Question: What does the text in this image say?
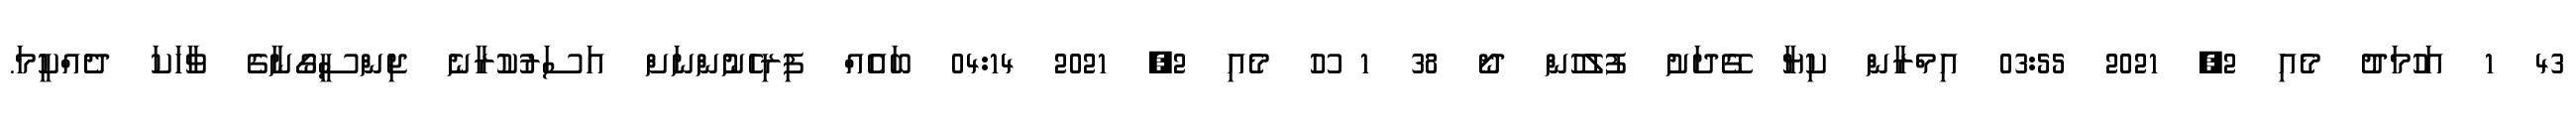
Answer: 43 1 އަހުމަދު މެއި 2, 2021 03:55 އިމްރާން ކިޔާ ގޭދަށު ފުލުހުން ދޯ 38 1 ހޫ މެއި 2, 2021 04:14 ބައެއް ފިރިހެނުންނަށް އަސަރުކުރާނެ ޖިންސީގޯނާގެ ވާހަކަ ދެއްކީމަ.